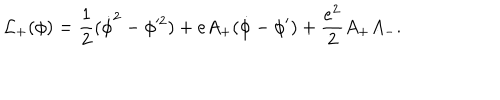
{ \cal L } _ { + } ( \phi ) = { \frac { 1 } { 2 } } ( \dot { \phi } ^ { 2 } - \phi ^ { 2 } ) + e A _ { + } ( \dot { \phi } - \phi ^ { \prime } ) + { \frac { e ^ { 2 } } { 2 } } A _ { + } A _ { - } .